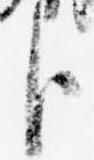
臣